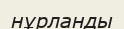
нұрланды